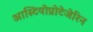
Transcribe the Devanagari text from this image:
आस्टियोप्रोटेजेरिन